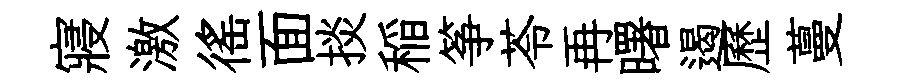
寢激徭面掞稲筝苓再曙遏歷蔓